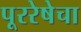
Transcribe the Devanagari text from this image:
पूररेषेचा